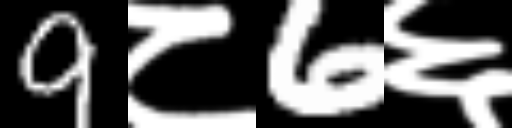
Text: 9८6६